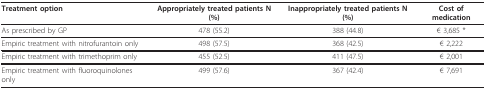
<table><thead><tr><td><b>Treatment option</b></td><td><b>Appropriately treated patients N (%)</b></td><td><b>Inappropriately treated patients N (%)</b></td><td><b>Cost of medication</b></td></tr></thead><tbody><tr><td>As prescribed by GP</td><td>478 (55.2)</td><td>388 (44.8)</td><td>€ 3,685 *</td></tr><tr><td>Empiric treatment with nitrofurantoin only</td><td>498 (57.5)</td><td>368 (42.5)</td><td>€ 2,222</td></tr><tr><td>Empiric treatment with trimethoprim only</td><td>455 (52.5)</td><td>411 (47.5)</td><td>€ 2,001</td></tr><tr><td>Empiric treatment with fluoroquinolones only</td><td>499 (57.6)</td><td>367 (42.4)</td><td>€ 7,691</td></tr></tbody></table>